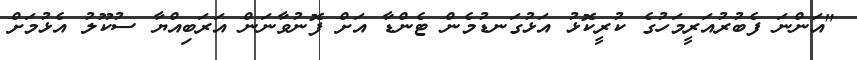
"އަންނަ ފެބުރުއަރީމަހުގެ ކުރީކޮޅު އަޅުގަނޑުމެން ޓެންޑާ އަށް ފޮނުވާނަން އަރަބިއްޔާ ސުކޫލު އެޅުމަށް